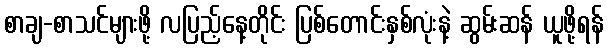
စာချ-စာသင်များဖို့ လပြည့်နေ့တိုင်း ပြစ်တောင်းနှစ်လုံးနဲ့ ဆွမ်းဆန် ယူဖို့ရန်